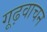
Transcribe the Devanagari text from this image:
गूढ़वाचन